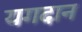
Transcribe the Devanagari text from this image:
यगदान